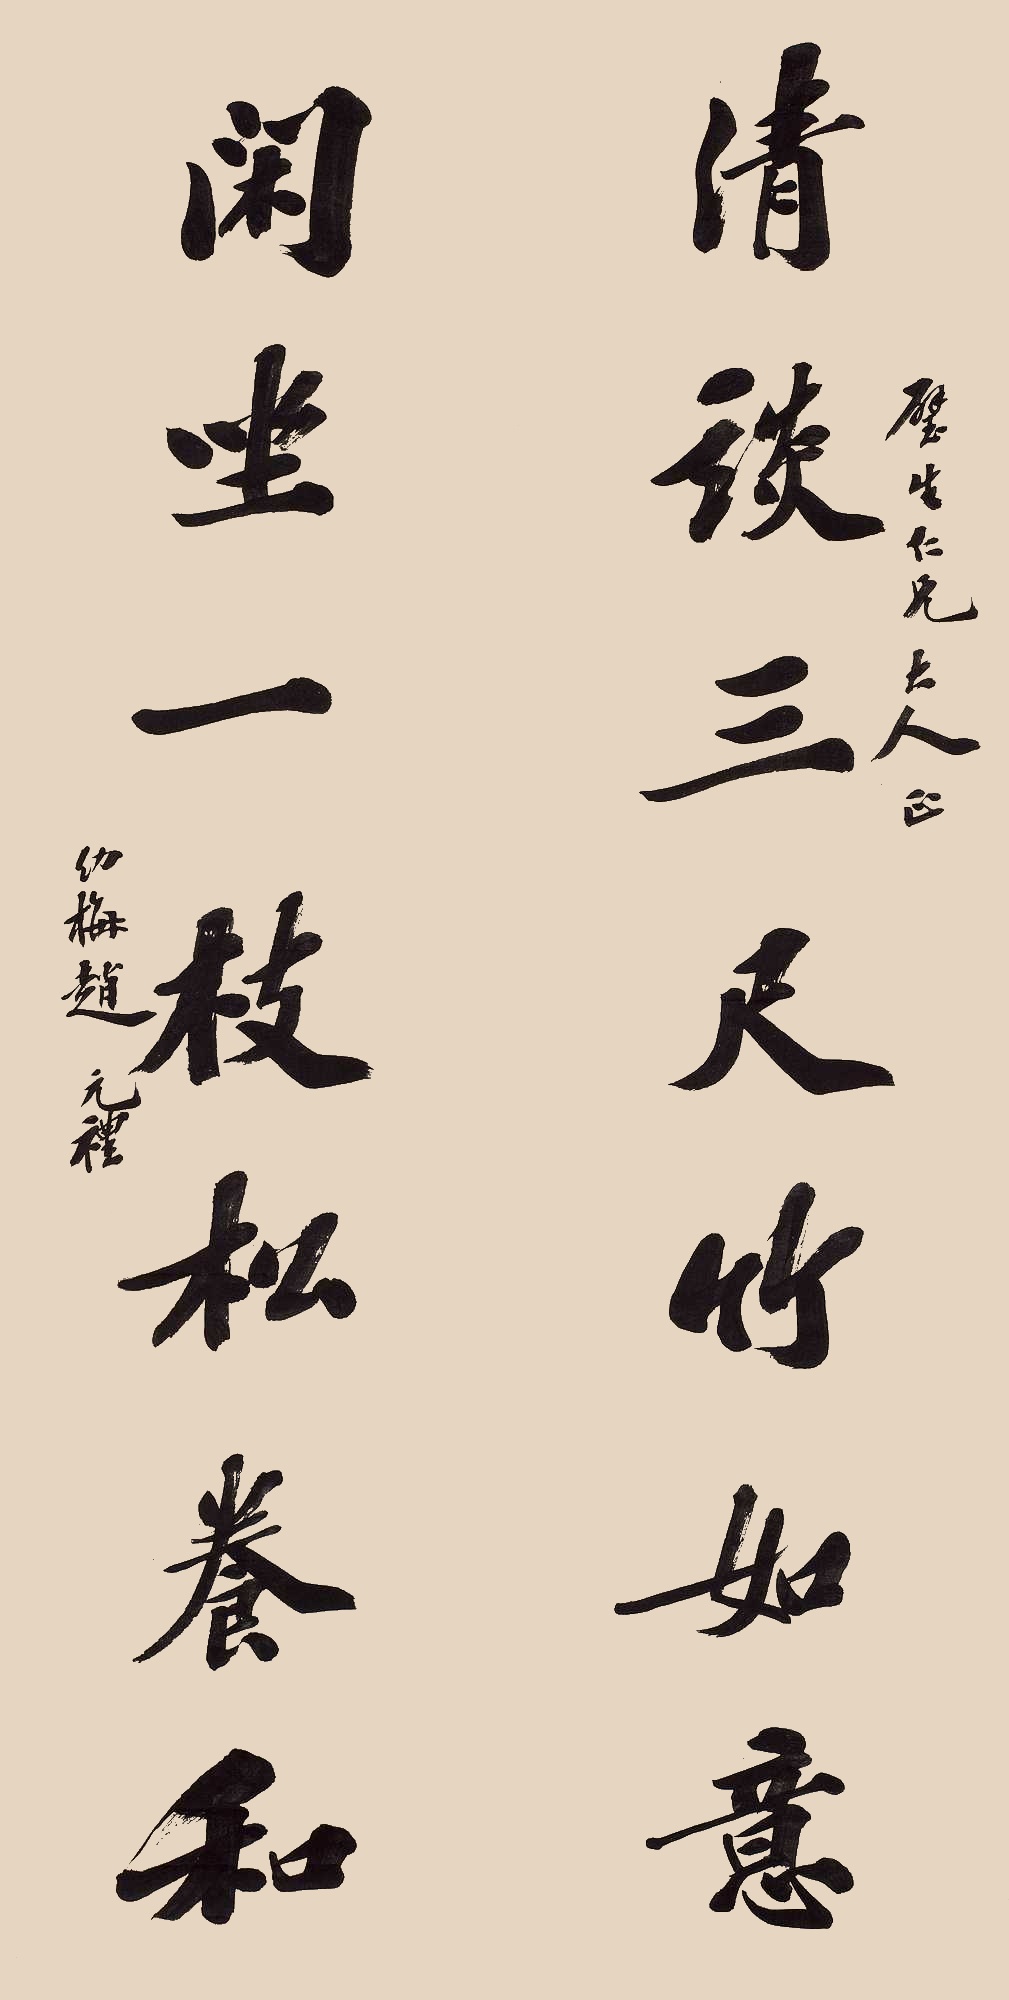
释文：清谈三尺竹如意，闲坐一枝松养和。璧生仁兄大人正，幼梅赵元礼。